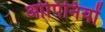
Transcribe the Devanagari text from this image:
ओपिनियों